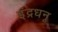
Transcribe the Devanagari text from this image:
इंद्रधनू